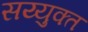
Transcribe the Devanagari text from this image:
सय्युक्त